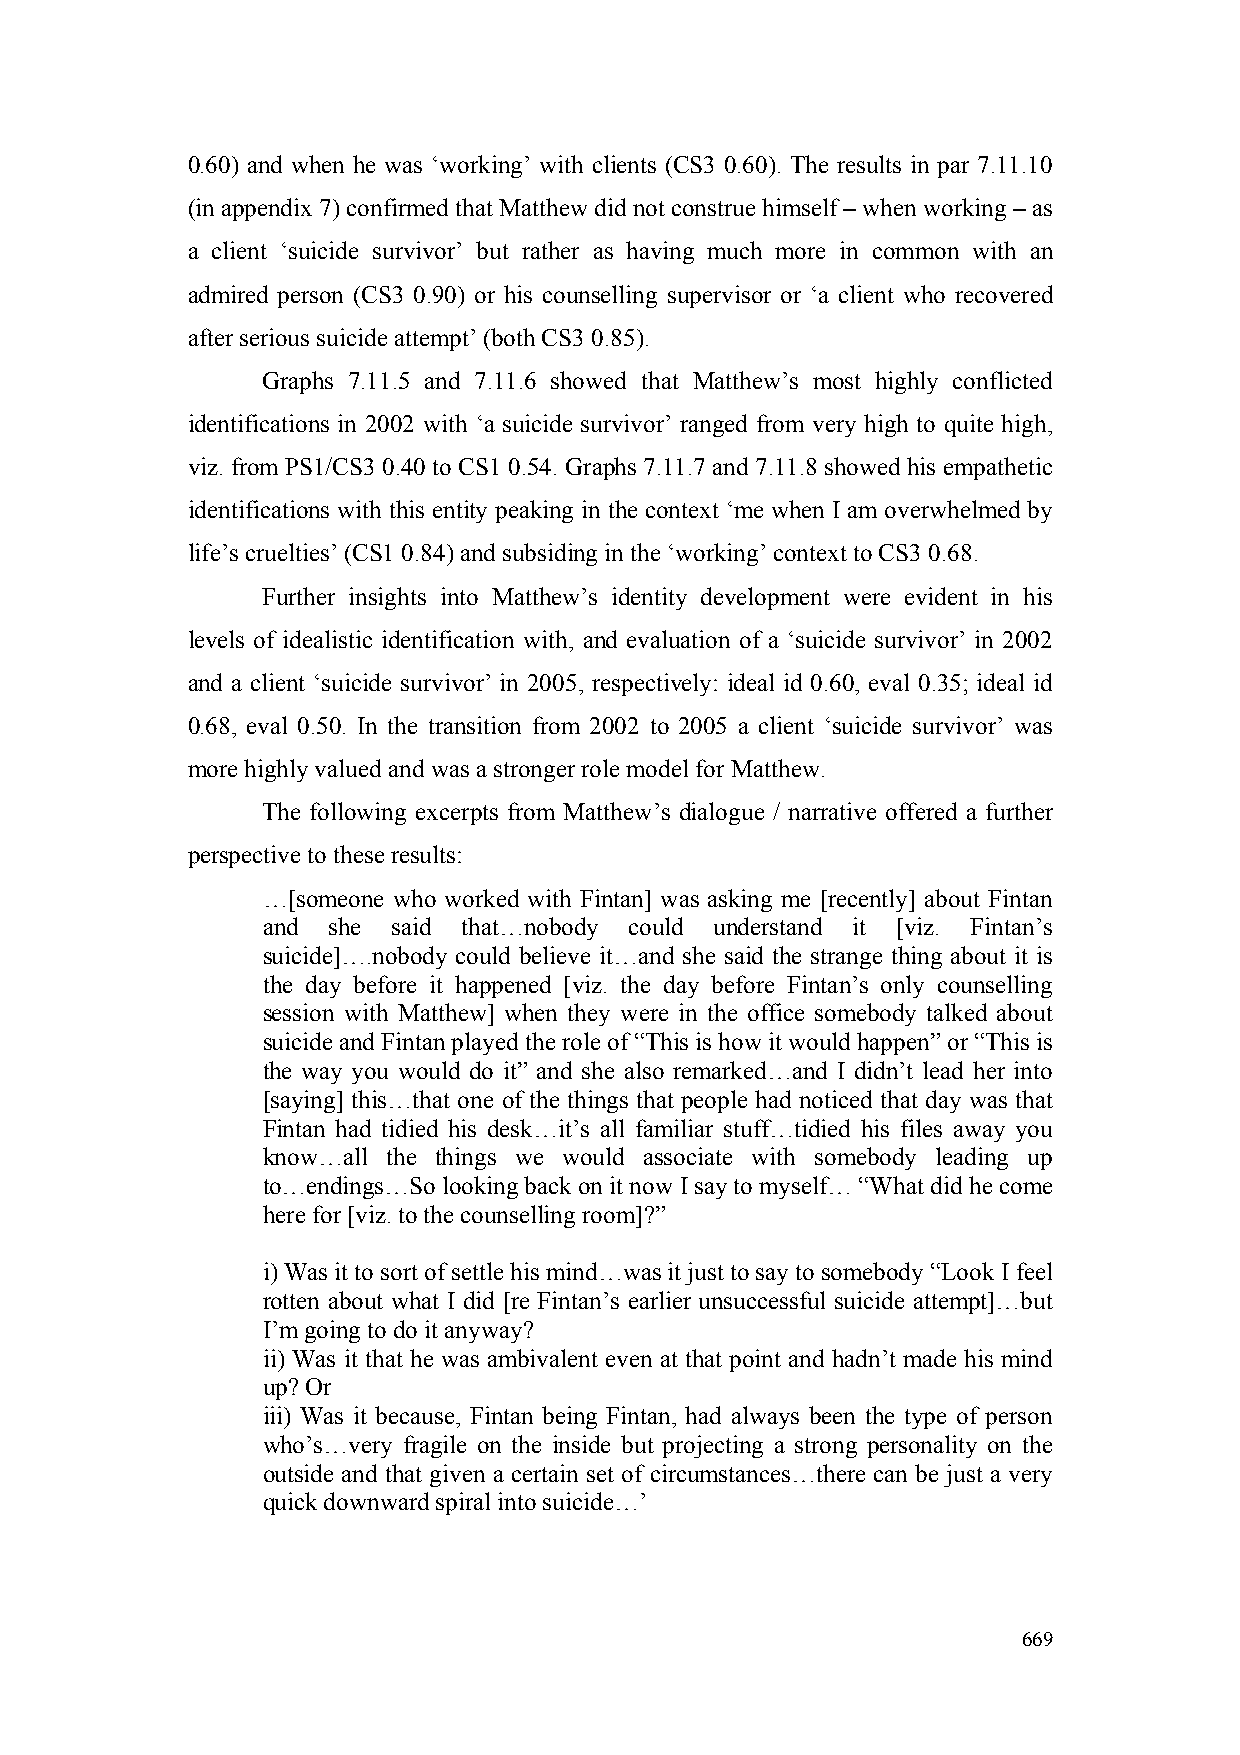
0.60) and when he was ‘working’ with clients (CS3 0.60). The results in par 7.11.10
 (in appendix 7) confirmed that Matthew did not construe himself – when working – as
 a client ‘suicide survivor’ but rather as having much more in common with an
 admired person (CS3 0.90) or his counselling supervisor or ‘a client who recovered
 after serious suicide attempt’ (both CS3 0.85).
 Graphs 7.11.5 and 7.11.6 showed that Matthew’s most highly conflicted
 identifications in 2002 with ‘a suicide survivor’ ranged from very high to quite high,
 viz. from PS1/CS3 0.40 to CS1 0.54. Graphs 7.11.7 and 7.11.8 showed his empathetic
 identifications with this entity peaking in the context ‘me when I am overwhelmed by
 life’s cruelties’ (CS1 0.84) and subsiding in the ‘working’ context to CS3 0.68.
 Further insights into Matthew’s identity development were evident in his
 levels of idealistic identification with, and evaluation of a ‘suicide survivor’ in 2002
 and a client ‘suicide survivor’ in 2005, respectively: ideal id 0.60, eval 0.35; ideal id
 0.68, eval 0.50. In the transition from 2002 to 2005 a client ‘suicide survivor’ was
 more highly valued and was a stronger role model for Matthew.
 The following excerpts from Matthew’s dialogue / narrative offered a further
 perspective to these results:
 …[someone who worked with Fintan] was asking me [recently] about Fintan
 and  she said that…nobody could understand it [viz. Fintan’s
 suicide]….nobody could believe it…and she said the strange thing about it is
 the day before it happened [viz. the day before Fintan’s only counselling
 session with Matthew] when they were in the office somebody talked about
 suicide and Fintan played the role of “This is how it would happen” or “This is
 the way you would do it” and she also remarked…and I didn’t lead her into
 [saying] this…that one of the things that people had noticed that day was that
 Fintan had tidied his desk…it’s all familiar stuff…tidied his files away you
 know…all the things we would associate with somebody leading up
 to…endings…So looking back on it now I say to myself… “What did he come
 here for [viz. to the counselling room]?”
 i) Was it to sort of settle his mind…was it just to say to somebody “Look I feel
 rotten about what I did [re Fintan’s earlier unsuccessful suicide attempt]…but
 I’m going to do it anyway?
 ii) Was it that he was ambivalent even at that point and hadn’t made his mind
 up? Or
 iii) Was it because, Fintan being Fintan, had always been the type of person
 who’s…very fragile on the inside but projecting a strong personality on the
 outside and that given a certain set of circumstances…there can be just a very
 quick downward spiral into suicide…’
 669